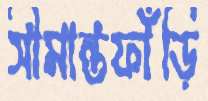
সীমান্তফাঁড়ি